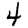
Digit: 4